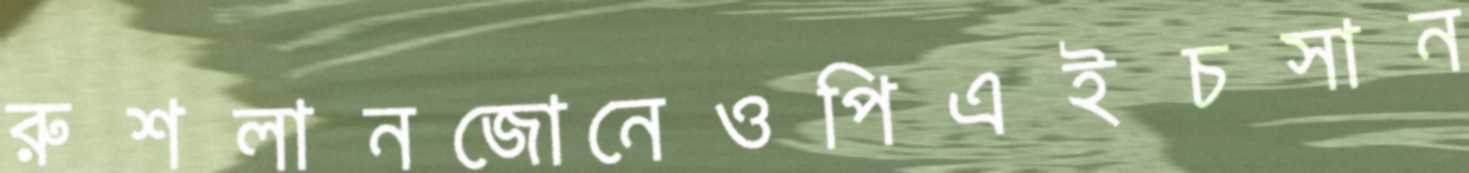
রুশলানজোনেওপিএইচসান